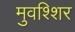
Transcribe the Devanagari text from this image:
मुवश्शिर